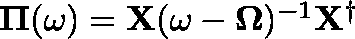
\begin{array} { r } { \mathbf { \Pi } ( \omega ) = \mathbf { X } ( \omega - \mathbf { \Omega } ) ^ { - 1 } \mathbf { X } ^ { \dag } } \end{array}